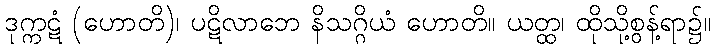
ဒုက္ကဋံ (ဟောတိ)၊ ပဋိလာဘေ နိသဂ္ဂိယံ ဟောတိ။ ယတ္ထ၊ ထိုသို့စွန့်ရာ၌။